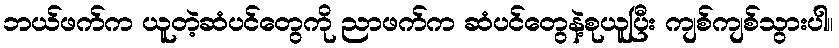
ဘယ်ဖက်က ယူတဲ့ဆံပင်တွေကို ညာဖက်က ဆံပင်တွေနဲ့စုယူပြီး ကျစ်ကျစ်သွားပါ။